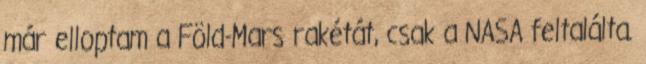
már elloptam a Föld-Mars rakétát, csak a NASA feltalálta.